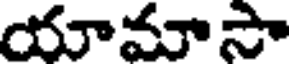
యామాసా